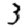
Digit: 3